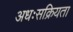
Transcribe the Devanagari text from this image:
अधःसक्रियता